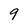
Character: 9